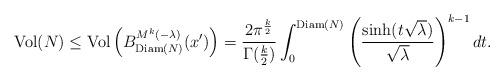
LaTeX: \begin{align*}\mathrm{Vol}(N)&\leq \mathrm{Vol}\left(B^{M^k(-\lambda)}_{\mathrm{Diam}(N)}(x')\right) = \frac{2\pi^{\frac{k}{2}}}{\Gamma(\frac{k}{2})}\int_0^{\mathrm{Diam}(N)}\left(\frac{\sinh(t\sqrt{\lambda})}{\sqrt{\lambda}}\right)^{k-1}dt.\end{align*}